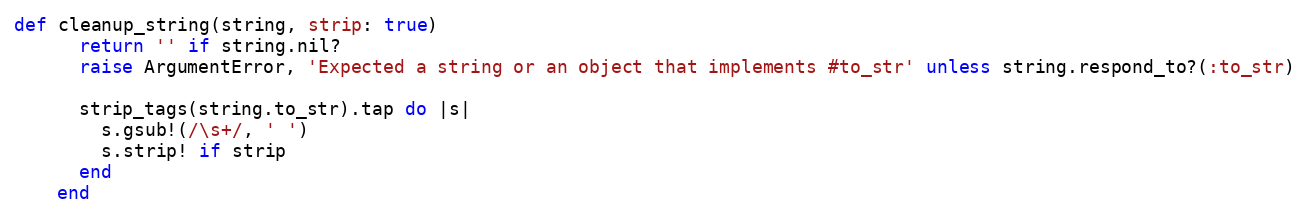
Language: Ruby
def cleanup_string(string, strip: true)
      return '' if string.nil?
      raise ArgumentError, 'Expected a string or an object that implements #to_str' unless string.respond_to?(:to_str)

      strip_tags(string.to_str).tap do |s|
        s.gsub!(/\s+/, ' ')
        s.strip! if strip
      end
    end